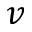
v